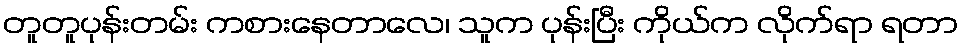
တူတူပုန်းတမ်း ကစားနေတာလေ၊ သူက ပုန်းပြီး ကိုယ်က လိုက်ရာ ရတာ